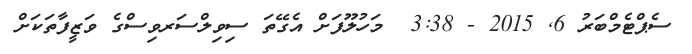
ސެޕްޓެމްބަރު 6